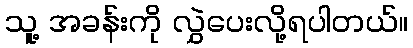
သူ့ အခန်းကို လွှဲပေးလို့ရပါတယ်။